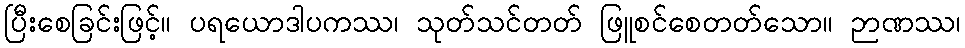
ပြီးစေခြင်းဖြင့်။ ပရယောဒါပကဿ၊ သုတ်သင်တတ် ဖြူစင်စေတတ်သော။ ဉာဏဿ၊